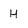
Character: H